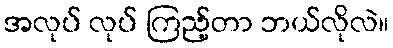
အလုပ် လုပ် ကြည့်တာ ဘယ်လိုလဲ။